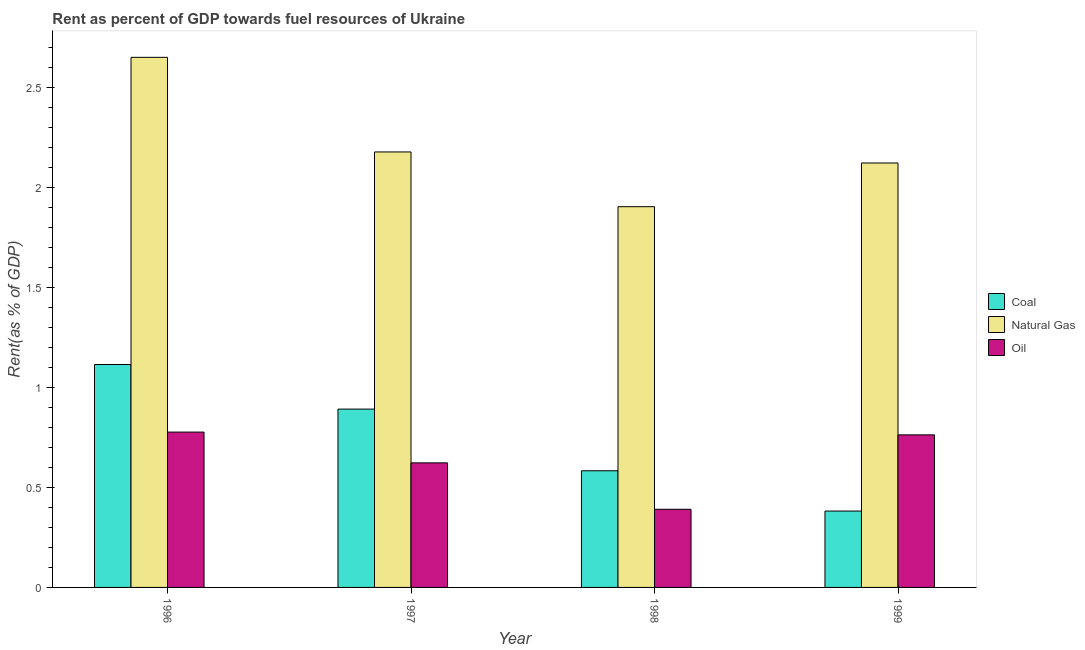
| Year | Coal | Natural Gas | Oil |
 | --- | --- | --- | --- |
 | 1996 | 1.12 | 2.65 | 0.777 |
 | 1997 | 0.892 | 2.18 | 0.623 |
 | 1998 | 0.584 | 1.91 | 0.391 |
 | 1999 | 0.382 | 2.12 | 0.764 |